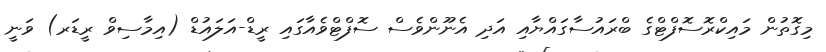
މިގޮތުން މައިކްރޮސޮފްޓްގެ ބްރައުސާގައްޔާއި އަދި އެނޫންވެސް ސޮފްޓްވެއާގައި ރީޑް-އަލައުޑް (އިމާސިވް ރީޑަރ) ވަނީ